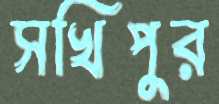
সখিপুর